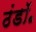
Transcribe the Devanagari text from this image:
ठंडॉ॰